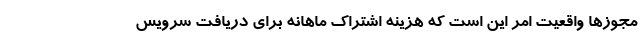
مجوزها واقعیت امر این است که هزینه اشتراک ماهانه برای دریافت سرویس